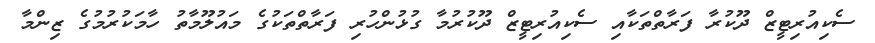
ސެކިއުރިޓީޒް ދޫކުރާ ފަރާތްތަކާއި ސެކިއުރިޓީޒް ދޫކުރުމާ ގުޅުންހުރި ފަރާތްތަކުގެ މައުލޫމާތު ހާމަކުރުމުގެ ޒިންމާ